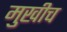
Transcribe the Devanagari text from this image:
मुखीच